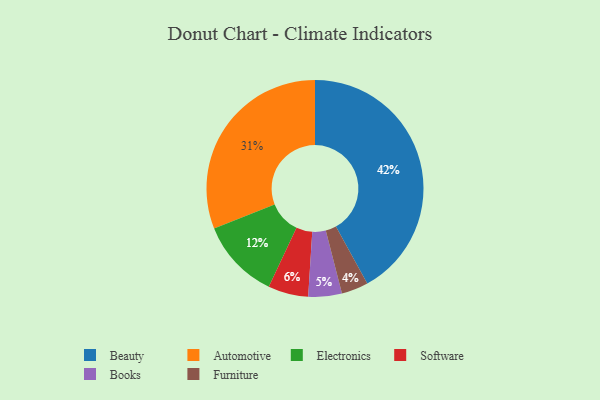
{"axis": {"x": "Category", "y": "Percentage"}, "legend": ["Automotive", "Beauty", "Books", "Electronics", "Furniture", "Software"], "data": [{"x": "Electronics", "y": 12, "type": "Electronics"}, {"x": "Beauty", "y": 42, "type": "Beauty"}, {"x": "Books", "y": 5, "type": "Books"}, {"x": "Furniture", "y": 4, "type": "Furniture"}, {"x": "Software", "y": 6, "type": "Software"}, {"x": "Automotive", "y": 31, "type": "Automotive"}]}